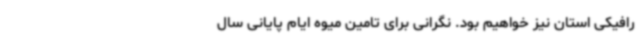
رافیکی استان نیز خواهیم بود. نگرانی برای تامین میوه ایام پایانی سال